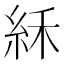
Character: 𥿘